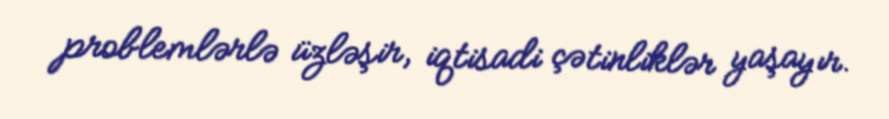
problemlərlə üzləşir, iqtisadi çətinliklər yaşayır.